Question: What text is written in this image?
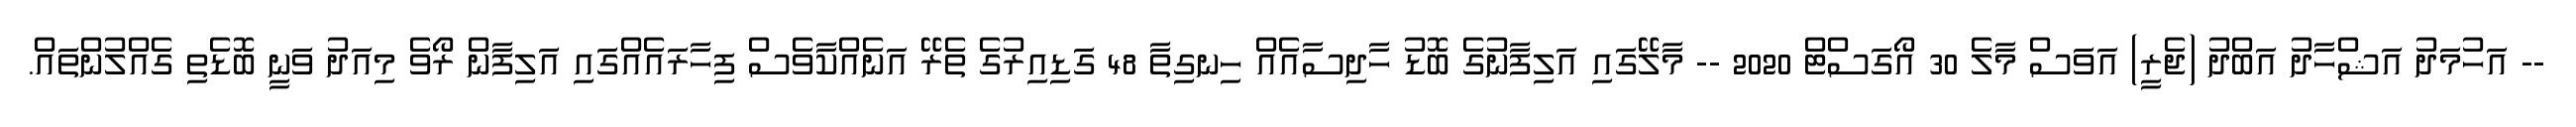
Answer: -- އަހުމަދު އަޝްހާދު އަބްދު (ޖެރީ) އަވަސް މާލެ 30 އޯގަސްޓް 2020 -- މާލޭގައި އަލިފާނުގެ ބޮޑު ހާދިސާއެއް ހިނގިތާ 48 ގަޑިއިރުގެ ތެރޭ އަނެއްކާވެސް ފިހާރައެއްގައި އަލިފާން ރޯވެ މިއަދު ވަނީ ބޮޑެތި ގެއްލުންތައް.